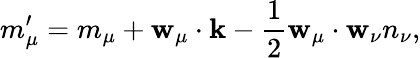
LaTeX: m_{\mu}^{\prime}=m_{\mu}+{\mathbf w}_{\mu}\cdot{\mathbf k}-\frac{1}{2}{\mathbf w}_{\mu}\cdot{\mathbf w}_{\nu}n_{\nu},